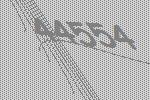
44554